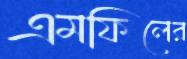
এমফিলের